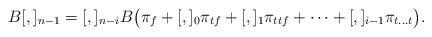
LaTeX: \begin{align*}B[,]_{n-1}=[,]_{n-i}B\big(\pi_{f}+[,]_{0}\pi_{tf}+[,]_{1}\pi_{ttf}+\cdots+[,]_{i-1}\pi_{t...t}\big).\end{align*}